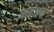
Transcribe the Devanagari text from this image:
असंशय